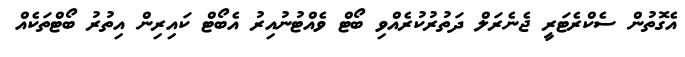
އެގޮތުން ސެކްރެޓަރީ ޖެނެރަލް ދަތުރުކުރެއްވި ބޯޓް ވެއްޓުނުއިރު އެބޯޓް ކައިރިން އިތުރު ބޯޓްތަކެއް